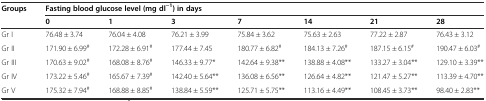
| <ROWSPAN=2> Groups | <COLSPAN=7> Fasting blood glucose level (mg dl−1) in days |
 | 0 | 1 | 3 | 7 | 14 | 21 | 28 |
 | --- | --- | --- | --- | --- | --- | --- | --- |
 | Gr I | 76.48 ± 3.74 | 76.04 ± 4.08 | 76.21 ± 3.99 | 75.84 ± 3.62 | 75.63 ± 2.63 | 77.22 ± 2.87 | 76.43 ± 3.12 |
 | Gr II | 171.90 ± 6.99# | 172.28 ± 6.91# | 177.44 ± 7.45 | 180.77 ± 6.82# | 184.13 ± 7.26# | 187.15 ± 6.15# | 190.47 ± 6.03# |
 | Gr III | 170.63 ± 9.02# | 168.08 ± 8.76# | 146.33 ± 9.77* | 142.64 ± 9.38** | 138.88 ± 4.08** | 133.27 ± 3.04** | 129.10 ± 3.39** |
 | Gr IV | 173.22 ± 5.46# | 165.67 ± 7.39# | 142.40 ± 5.64** | 136.08 ± 6.56** | 126.64 ± 4.82** | 121.47 ± 5.27** | 113.39 ± 4.70** |
 | Gr V | 175.32 ± 7.94# | 168.88 ± 8.85# | 138.84 ± 5.59** | 125.71 ± 5.75** | 113.16 ± 4.49** | 108.45 ± 3.73** | 98.40 ± 2.83** |